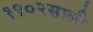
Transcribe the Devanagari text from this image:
१९०२साली